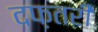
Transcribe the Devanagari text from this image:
दफ़तरी